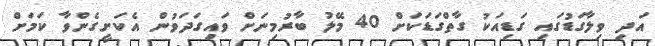
އަދި ވިލާގަޑުގައި ގަޑިއަކު ގާތްގަޑަކަށް 40 މޭލު ބާރުމިނަށް ވައިގަދަވުން އެކަށީގެންވާ ކަމަށް